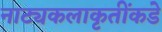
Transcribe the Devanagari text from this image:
नाट्यकलाकृतींकडे